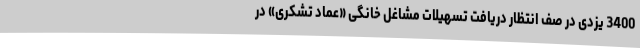
3400 یزدی در صف انتظار دریافت تسهیلات مشاغل خانگی «عماد تشکری» در